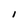
Character: i